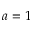
a = 1